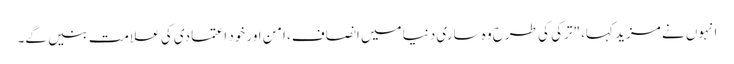
انہوں نے مزید کہا، "ترکی کی طرح وہ ساری دنیا میں انصاف، امن اور خود اعتمادی کی علامت بنیں گے۔